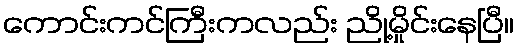
ကောင်းကင်ကြီးကလည်း ညို့မှိုင်းနေပြီ။